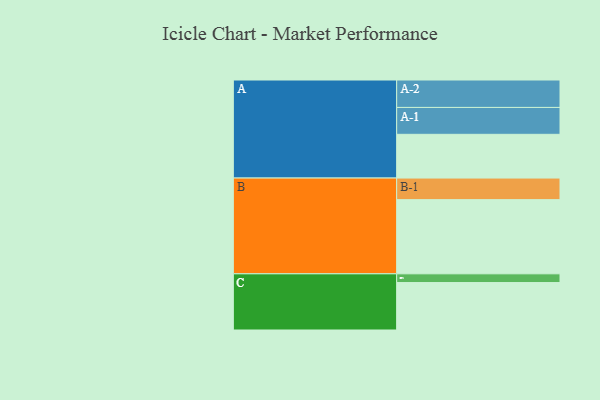
{"axis": {"x": "Segment", "y": "Value"}, "legend": ["", "A", "B", "C"], "data": [{"x": "A", "y": 306, "type": ""}, {"x": "B", "y": 519, "type": ""}, {"x": "C", "y": 332, "type": ""}, {"x": "A-1", "y": 188, "type": "A"}, {"x": "A-2", "y": 192, "type": "A"}, {"x": "B-1", "y": 151, "type": "B"}, {"x": "C-1", "y": 61, "type": "C"}]}